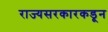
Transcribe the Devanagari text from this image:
राज्यसरकारकडून